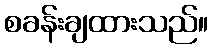
စခန်းချထားသည်။